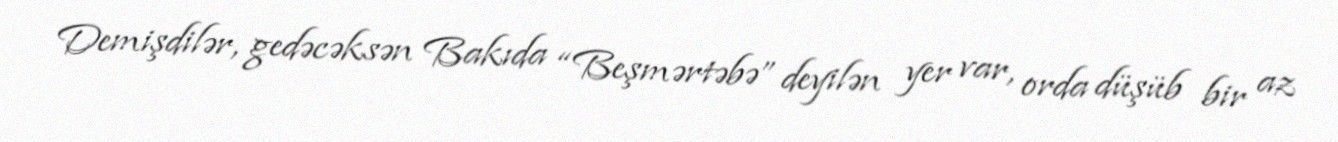
Demişdilər, gedəcəksən Bakıda “Beşmərtəbə” deyilən yer var, orda düşüb bir az